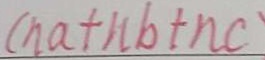
( n a + n b + n c )